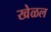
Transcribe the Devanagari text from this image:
खेळल